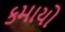
કમાયો